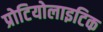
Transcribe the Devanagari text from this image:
प्रोटियोलाइटिक